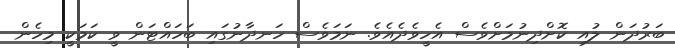
ބަރުދަން ލުއި ކޮށްދިނުމަށްވެސް އެހީވެދެއެވެ. ނަމަވެސް ހަނދާނުގައި ބަހައްޓަން ވީ ކަމަކީ މިހެން